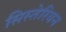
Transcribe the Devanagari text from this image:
सिस्तेरियन